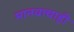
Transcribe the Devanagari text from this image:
मानवाचाही